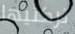
تركتيها